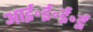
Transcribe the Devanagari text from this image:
आई॰ई॰ई॰ई